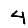
Digit: 4